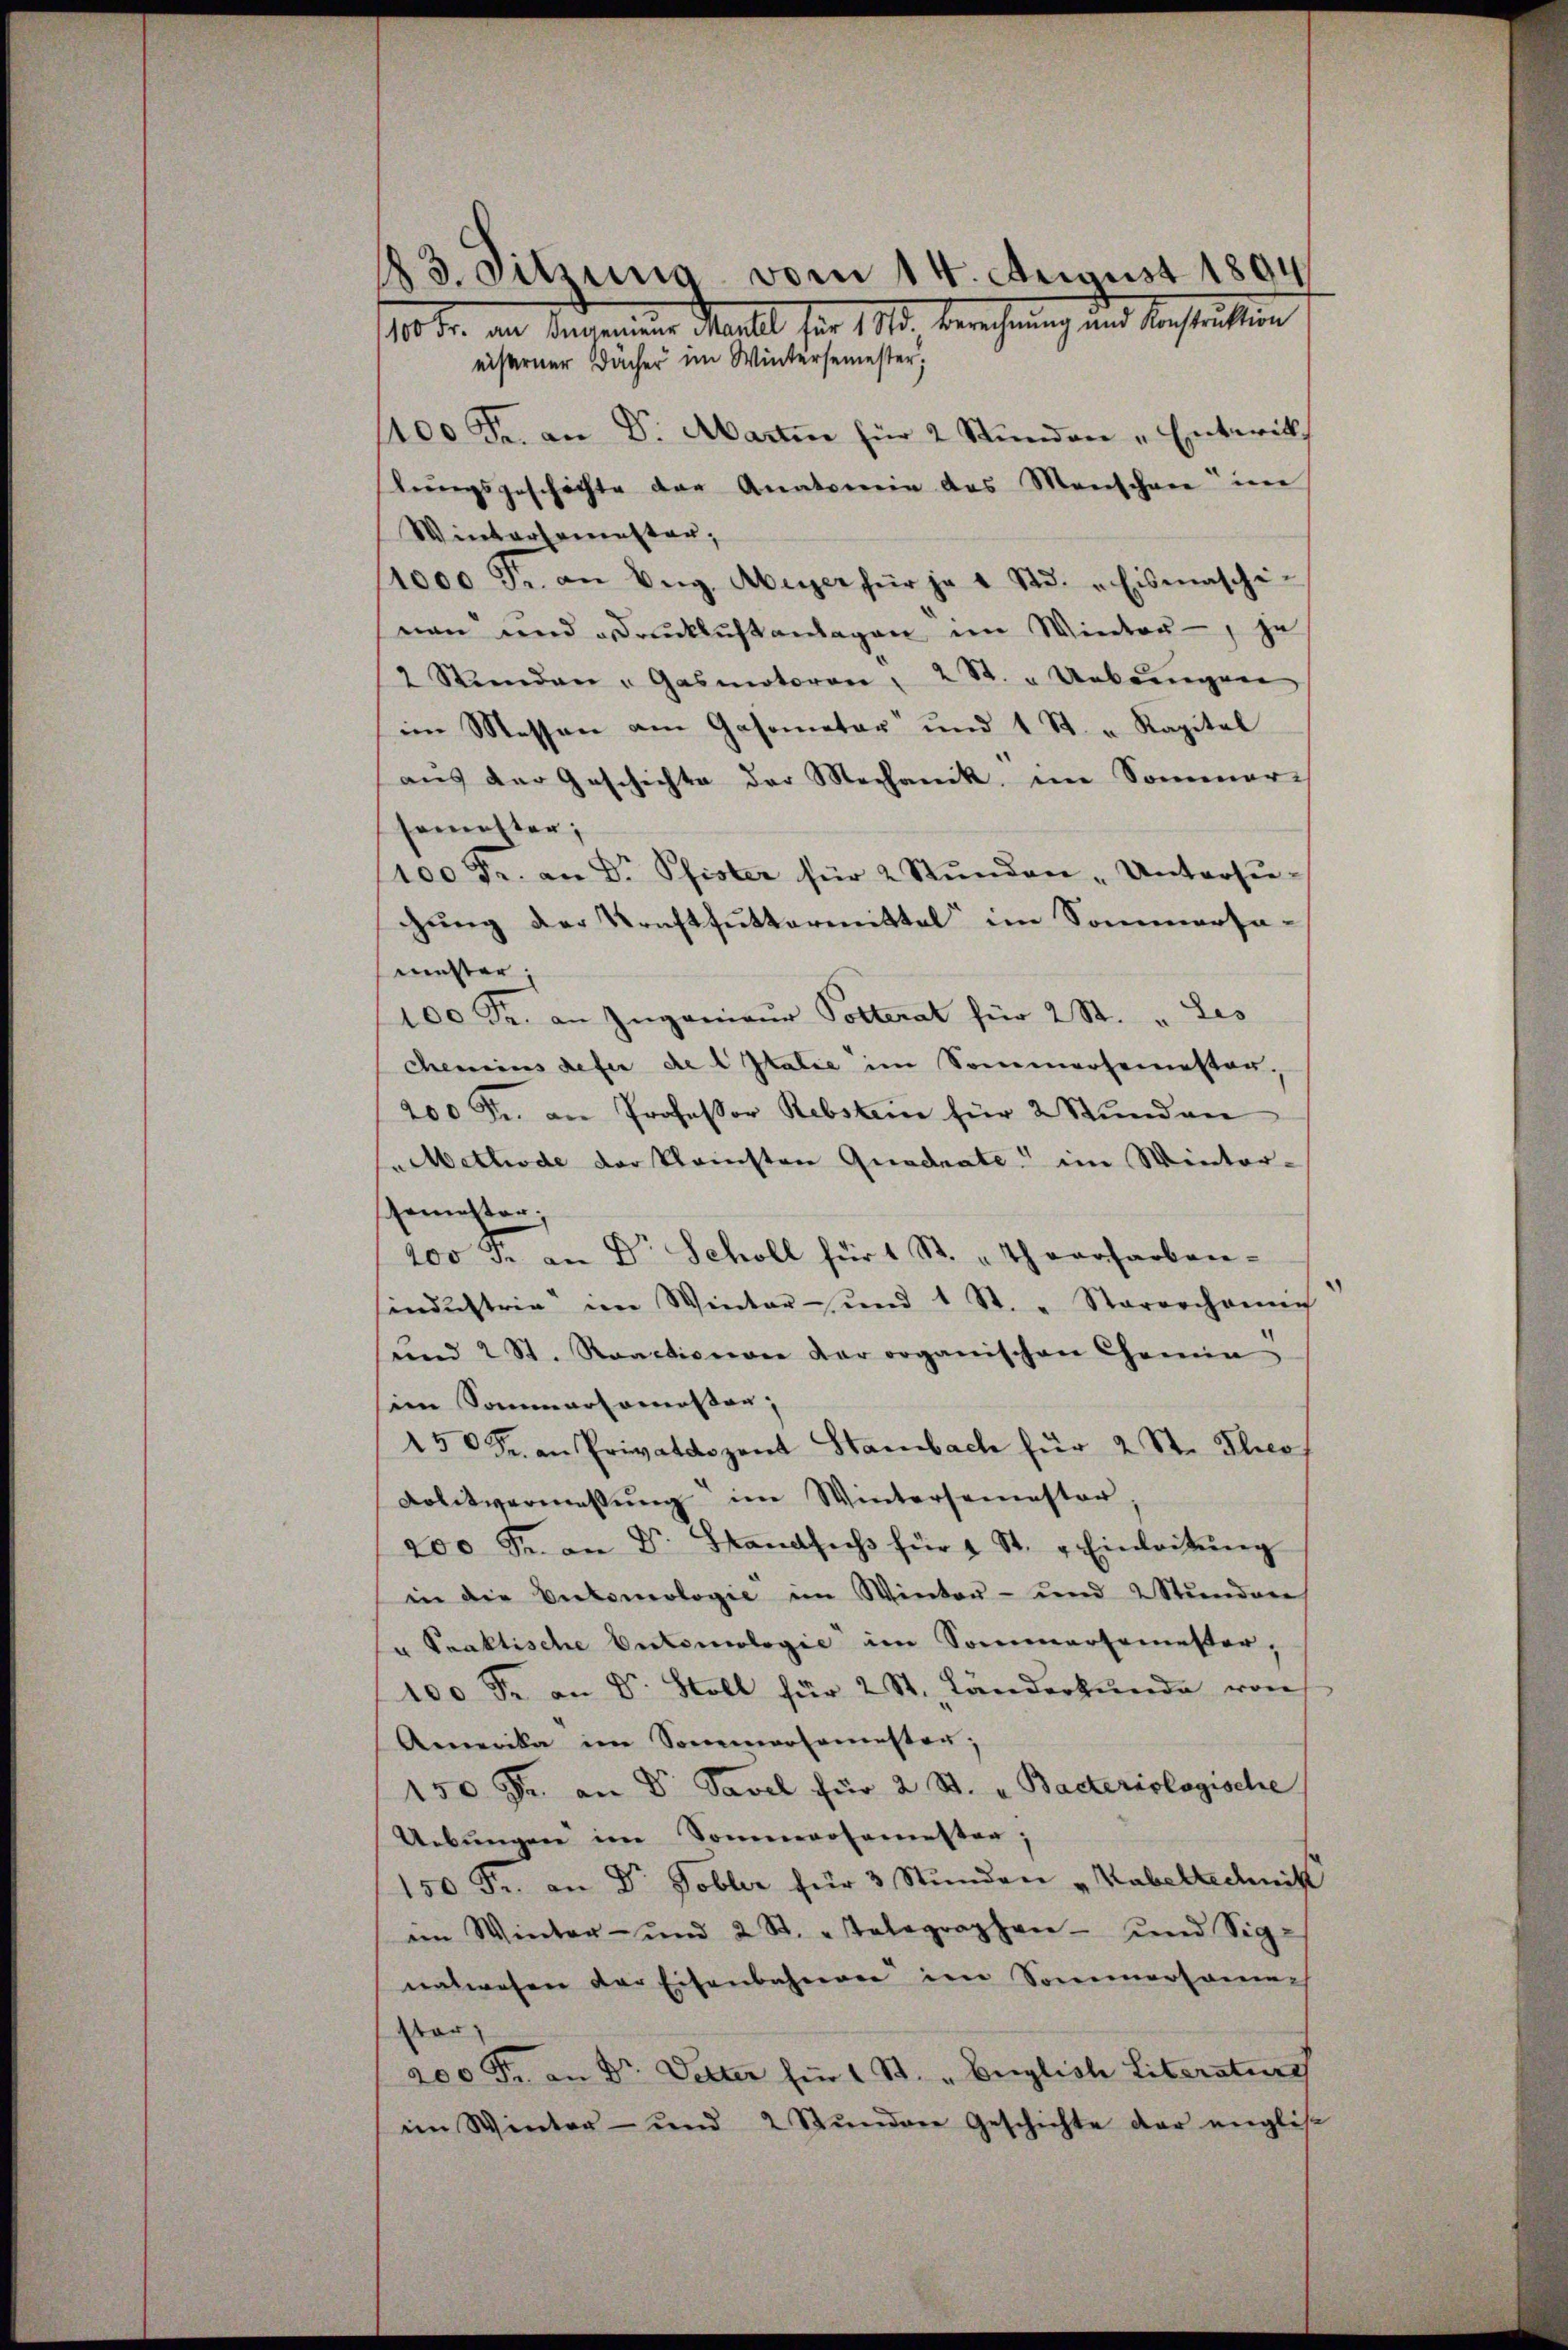
13. Sitzung vom 14. August 1894
10 Fr. an Angenen Stall für 1812. Berechnung und Verstration
eiserner Dächer im Wintersemester,
1100 Fr. an Dr. Marti für 2 Stunden „Entwick
lŭngsgeschichte der Anatomie das Menschen im
Wintersemesten,
1000 Fr. an Aŭg. Aberger für je 1 Std. „Eismaschi
nen und drücklich anlagen im Winter -, je
4 Stunden - Gasmotoren, 2 St. " Uebŭngen
im Messen am Gasometer und 1 St. " Kapital
aus der Geschichte der Mechanik im Sommer-
semester;
100 Fr. an Dr. Pfister für 2 Stŭnden-Untersŭ-
gung der Kraftfuttermittel im Sommersamüster;
100 Fr. an Ingenieur Polterat für 2 St. " Les
chemins defer de l Italie im Sommersemester,
200 Fr. an Professor Rebstein für 2 Stŭnden
Methode der kleinsten Quadrate im Winter-
senichten;
100 r. an Dr Scholl für 1 St. "th verfarben-
sindustrie im Winter- und 1 St. " Stararchauung
und 2 St. Raactionen dar organischen Chemin
im Sommaromessen;
250 Fr. an Privatdozent Stambach für 2 St. Ihres
Colitvermessung im Wintersemester
200 Fr. an Dr. Standsich für 1 St. u. Einleitŭng
in die Entomologie im Winter- und 2 Stŭndene
u Praktische Entomologie im Sommersemester,
100 Fr. an Dr. Stoll für 2 St. Länderkunde von
Amerika im Sommersemester,
150 Fr. an Dr. Savel für 2 St. u. Bacteriologische
Uebungen im Sommerosamester;
150 Fr. an Dr. Tobler für 3 Stunden „Kabellechnitt
im Winter- und 2 St. Telegraphen- und Sig-
nalwesen der Eisenbahneren im Sommersamen
ster,
200 Fr. an Dr. Detter für 1 St. „Eriglich Literaturg
im Winter- und 2 Stŭnden Geschichte der englis